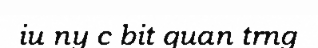
iu ny c bit quan trng